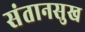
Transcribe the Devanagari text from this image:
संतानसुख